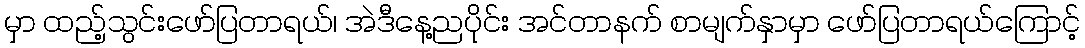
မှာ ထည့်သွင်းဖော်ပြတာရယ်၊ အဲဒီနေ့ညပိုင်း အင်တာနက် စာမျက်နှာမှာ ဖော်ပြတာရယ်ကြောင့်